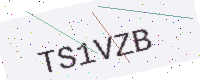
Text: TS1VZB